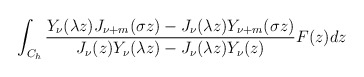
\begin{align*}\int_{C_h}{\frac{Y_\nu (\lambda z)J_{\nu +m}(\sigma z)-J_\nu (\lambda z)Y_{\nu +m}(\sigma z)}{J_\nu (z)Y_{\nu }(\lambda z)-J_\nu (\lambda z)Y_{\nu }(z)}F(z)dz} \end{align*}